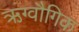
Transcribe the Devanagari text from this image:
ऋग्वौगिक